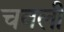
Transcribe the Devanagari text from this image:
चवली